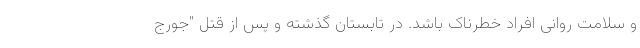
و سلامت روانی افراد خطرناک باشد. در تابستان گذشته و پس از قتل "جورج